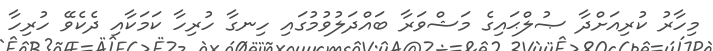
މިހާރު ކުރިއަށްދާ ޞުލްޙައިގެ މަޝްވަރާ ބައްދަލުވުމުގައި ހިނގާ ހުރިހާ ކަމަކާއި ދެކެވޭ ހުރިހާ